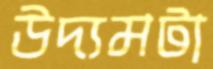
উদ্যমটা